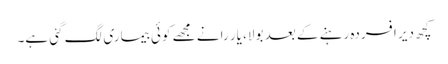
کچھ دیر افسردہ رہنے کے بعد بولا، یار رانے مجھے کوئی بیماری لگ گئی ہے۔